Indian journal of veterinary science and animal husbandry - Volumes 18-21, 1948-1951
Year: 1948
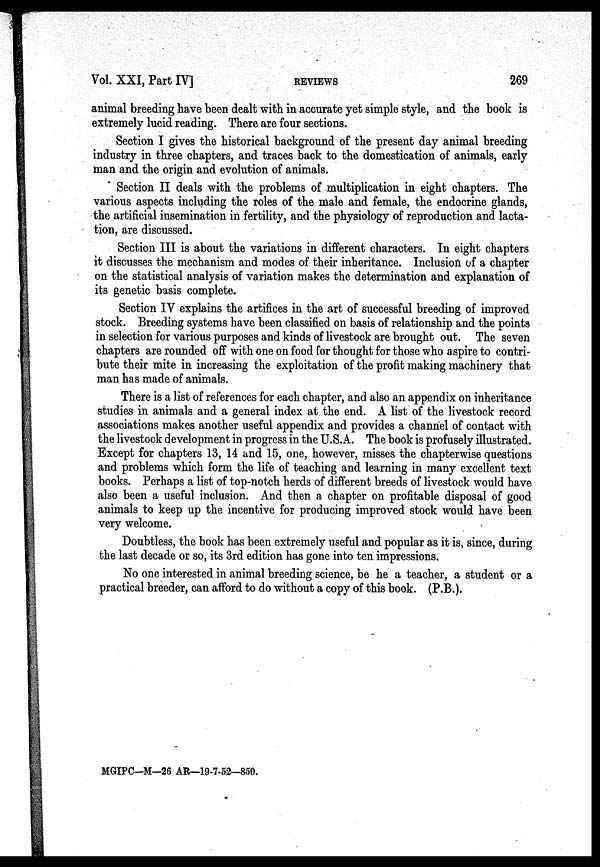
Vol. XXI, Part IV]
REVIEWS
269
animal breeding have been dealt with in accurate yet simple style, and the book is
extremely lucid reading. There are four sections.
Section I gives the historical background of the present day animal breeding
industry in three chapters, and traces back to the domestication of animals, early
man and the origin and evolution of animals.
Section II deals with the problems of multiplication in eight chapters. The
various aspects including the roles of the male and female, the endocrine glands,
the artificial insemination in fertility, and the physiology of reproduction and lacta-
tion, are discussed.
Section III is about the variations in different characters. In eight chapters
it discusses the mechanism and modes of their inheritance. Inclusion of a chapter
on the statistical analysis of variation makes the determination and explanation of
its genetic basis complete.
Section IV explains the artifices in the art of successful breeding of improved
stock. Breeding systems have been classified on basis of relationship and the points
in selection for various purposes and kinds of livestock are brought out. The seven
chapters are rounded off with one on food for thought for those who aspire to contri-
bute their mite in increasing the exploitation of the profit making machinery that
man has made of animals.
There is a list of references for each chapter, and also an appendix on inheritance
studies in animals and a general index at the end. A list of the livestock record
associations makes another useful appendix and provides a channel of contact with
the livestock development in progress in the U.S.A. The book is profusely illustrated.
Except for chapters 13, 14 and 15, one, however, misses the chapterwise questions
and problems which form the life of teaching and learning in many excellent text
books. Perhaps a list of top-notch herds of different breeds of livestock would have
also been a useful inclusion. And then a chapter on profitable disposal of good
animals to keep up the incentive for producing improved stock would have been
very welcome.
Doubtless, the book has been extremely useful and popular as it is, since, during
the last decade or so, its 3rd edition has gone into ten impressions.
No one interested in animal breeding science, be he a teacher, a student or a
practical breeder, can afford to do without a copy of this book. (P.B.).
MGIPC—M—26 AR—19-7-52—850.